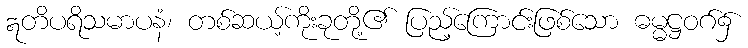
ဣတိပရိသမာပနံ၊ တစ်ဆယ့်ကိုးခုတို့၏ ပြည့်ကြောင်းဖြစ်သော ဓမ္မဋ္ဌဝဂ်၌